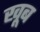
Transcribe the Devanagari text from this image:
खूब